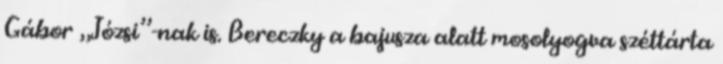
Gábor „Józsi”-nak is. Bereczky a ba­jusza alatt mosolyogva széttárta